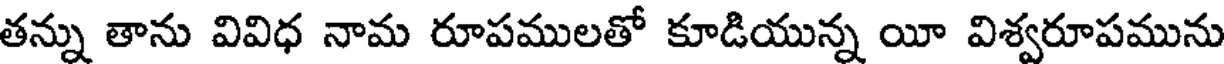
తన్ను తాను వివిధ నామ రూపములతో కూడియున్న యీ విశ్వరూపమును